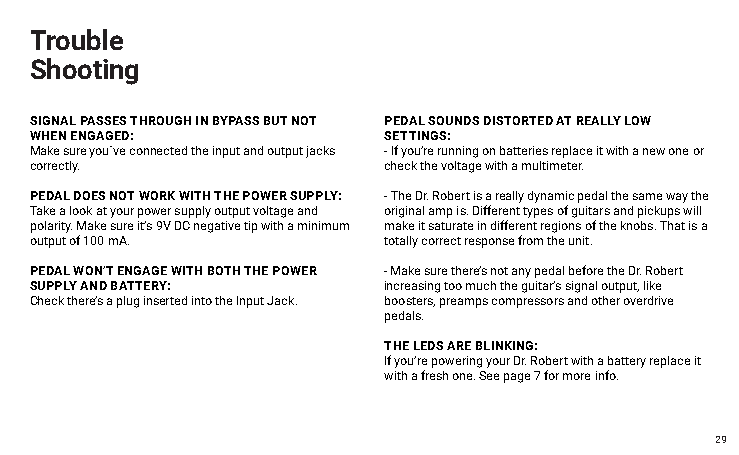
Trouble
 Shooting
 SIGNAL PASSES THROUGH IN BYPASS BUT NOT PEDAL SOUNDS DISTORTED AT REALLY LOW
 WHEN ENGAGED:          SETTINGS:
 Make sure you´ve connected the input and output jacks - If you’re running on batteries replace it with a new one or
 correctly.             check the voltage with a multimeter.
 PEDAL DOES NOT WORK WITH THE POWER SUPPLY: - The Dr. Robert is a really dynamic pedal the same way the
 Take a look at your power supply output voltage and original amp is. Different types of guitars and pickups will
 polarity. Make sure it’s 9V DC negative tip with a minimum make it saturate in different regions of the knobs. That is a
 output of 100 mA.      totally correct response from the unit.
 PEDAL WON’T ENGAGE WITH BOTH THE POWER - Make sure there’s not any pedal before the Dr. Robert
 SUPPLY AND BATTERY:    increasing too much the guitar’s signal output, like
 Check there’s a plug inserted into the Input Jack. boosters, preamps compressors and other overdrive
 pedals.
 THE LEDS ARE BLINKING:
 If you’re powering your Dr. Robert with a battery replace it
 with a fresh one. See page 7 for more info.
 29